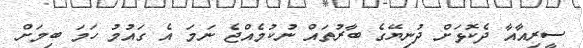
ސީރިއާއާ ދެކޮޅަށް ދުނިޔޭގެ ބާރުތައް ނުކުމެއްޖެ ނަމަ އެ ގައުމު ހަމަ ބިމަށް